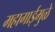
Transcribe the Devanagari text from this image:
महागाईमुळे